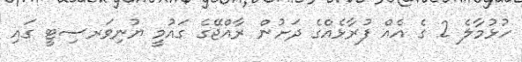
ހުޅުމާލެ 2 ގެ އެއް ފުރާޅެއްގެ ދަށުން ރާއްޖޭގެ ގައުމީ ޔުނިވަރސިޓީ ގައި